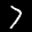
Label: 7